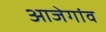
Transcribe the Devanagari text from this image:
आजेगांव